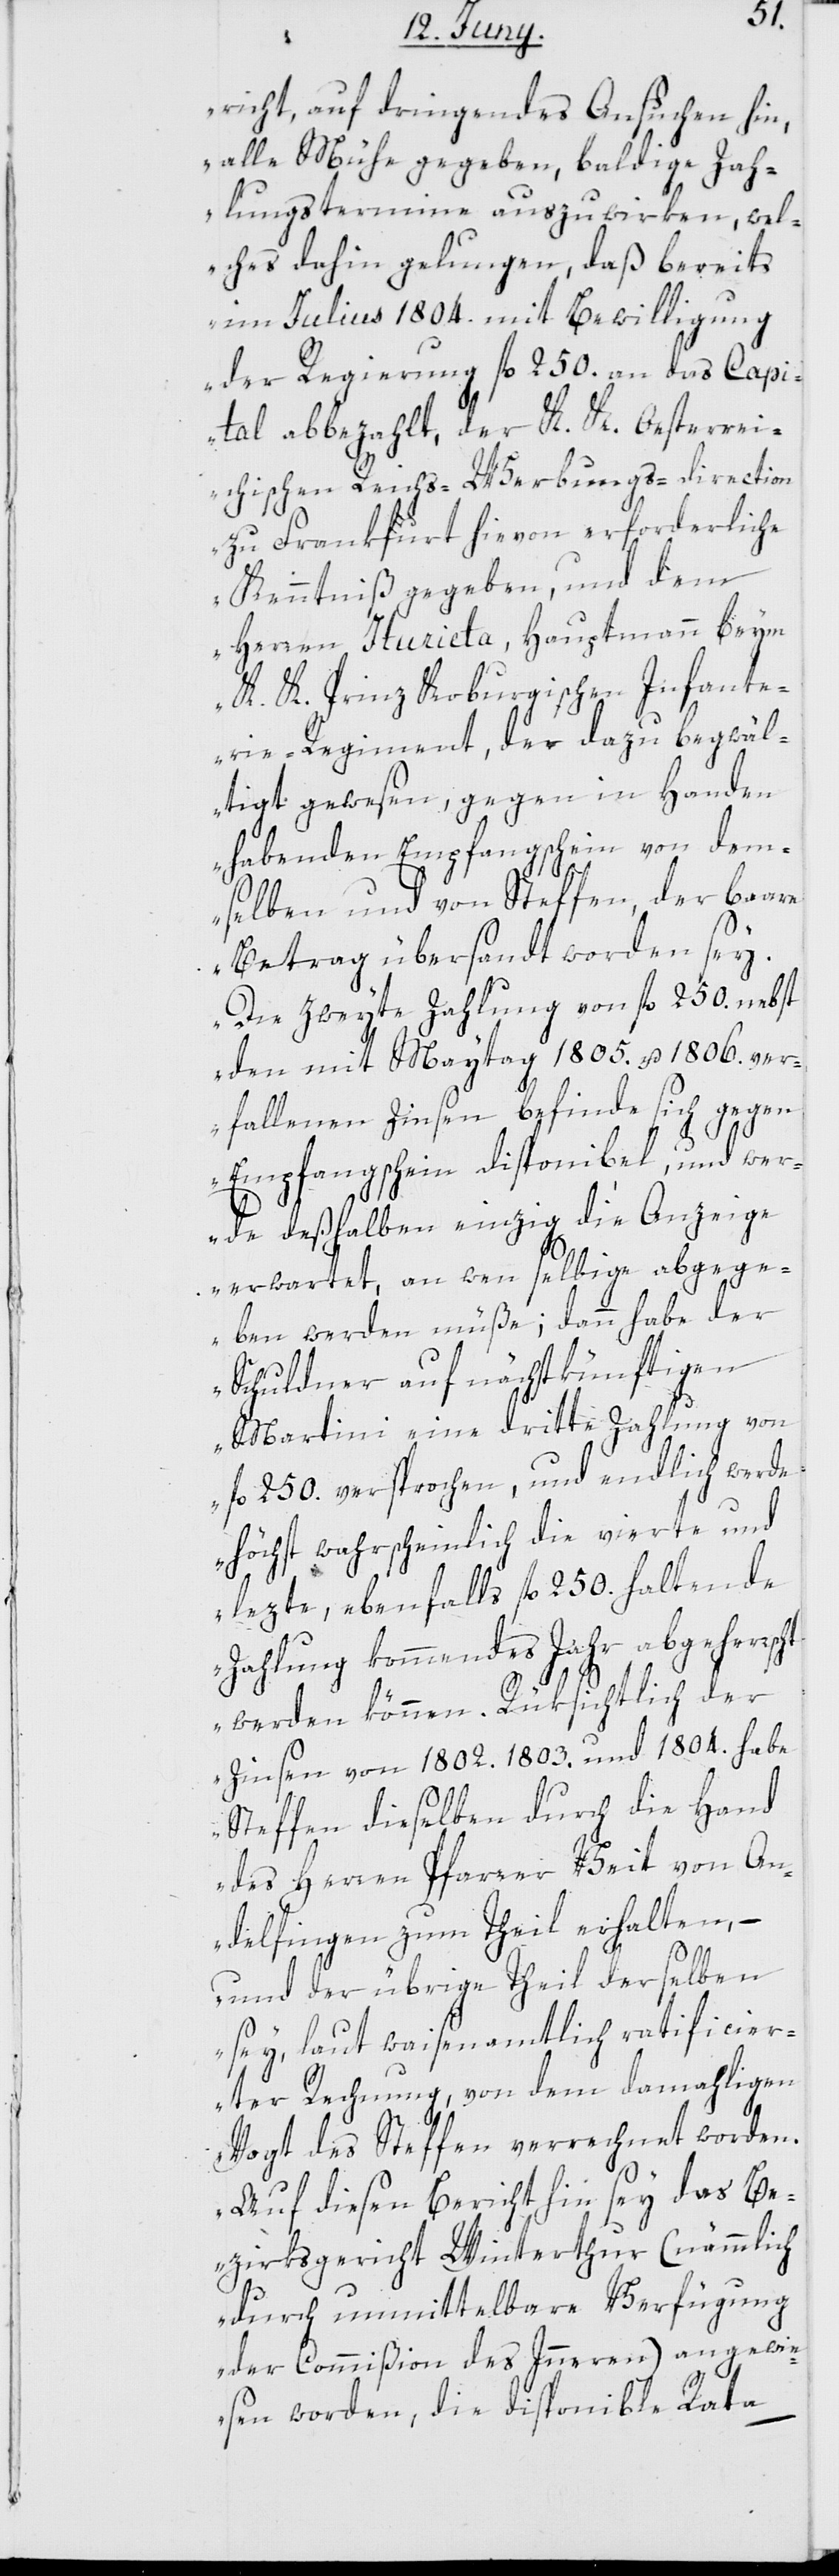
richt, auf dringendes Ansuchen hin,
alle Mühe gegeben, baldige Zah¬
lungstermine auszuwirken, wel¬
ches dahin gelungen, daß bereits
im Julius 1804. mit Bewilligung
der Regierung fl. 250. an das Capi¬
tal abbezahlt, der K. K. Oesterrei¬
chischen Reichs-Werbungs-Direction
zu Frankfurt hievon erforderliche
Kenntniß gegeben, und dem
Herren Iturieta, Hauptmann beym
K. K. Prinz Koburgischen Infante¬
rie-Regiment, der dazu bewäl¬
tigt gewesen, gegen in Handen
habenden Empfangsschein von dem¬
selben und von Steffen, der baare
Betrag übersandt worden sey.
Die zweyte Zahlung von fl. 250. nebst
den mit Maytag 1805. u. 1806. ver¬
fallenen Zinsen befinde sich gegen
Empfangsschein disponibel, und wer¬
de deßhalben einzig die Anzeige
erwartet, an wen selbige abgege¬
ben werden müße; dann habe der
Schuldner auf nächstkünftigen
Martini eine dritte Zahlung von
fl. 250. versprochen, und endlich werde
höchst wahrscheinlich die vierte und
lezte, ebenfalls fl. 250. haltende
Zahlung kommendes Jahr abgeherrscht
werden können. Rüksichtlich der
Zinsen von 1802. 1803. und 1804. habe
Steffen dieselben durch die Hand
des Herren Pfarrer Veit von An¬
delfingen zum Theil erhalten, –
und der übrige Theil derselben
sey, laut waisenamtlich ratificier¬
ter Rechnung, von dem damahligen
Vogt des Steffen verrechnet worden.
Auf diesen Bericht hin sey das Be¬
zirksgericht Winterthur (nämmlich
durch unmittelbare Verfügung
der Commißion des Innern) angewi¬
esen worden, die disponible Rata